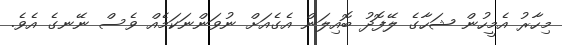
މިހާރު އެމީހުން ޝަހާގެ ލޭފޮދު ބޮއިލަން އެގެއަށް ނުވަންނަކަމެއް ވެސް ނޭނގެ އެވެ.